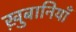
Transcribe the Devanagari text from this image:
ख़ुबानियाँ